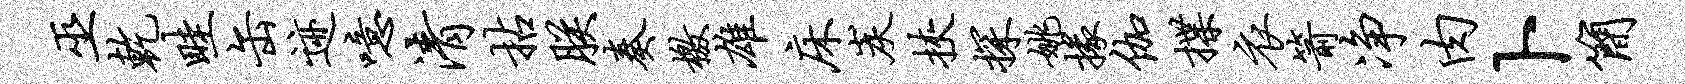
巫乾畦缶迹噫清拈朕奏檄雄床炭挟探姚掾伽揲衣箭净肉卜简